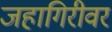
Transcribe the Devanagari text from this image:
जहागिरीवर